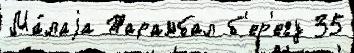
Ма́лаjа Тарамбал б'ер'егу 35